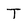
Character: T